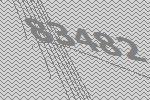
83482